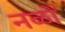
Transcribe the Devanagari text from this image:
नळों